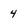
Character: 4